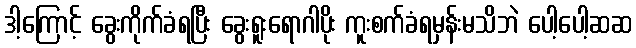
ဒါ့ကြောင့် ခွေးကိုက်ခံရပြီး ခွေးရူးရောဂါပိုး ကူးစက်ခံရမှန်းမသိဘဲ ပေါ့ပေါ့ဆဆ